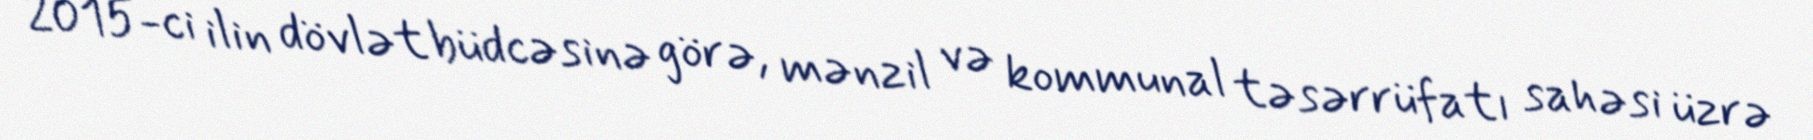
2015-ci ilin dövlət büdcəsinə görə, mənzil və kommunal təsərrüfatı sahəsi üzrə